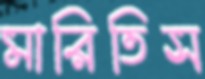
মারিতিস